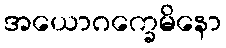
အယောဂက္ခေမိနော